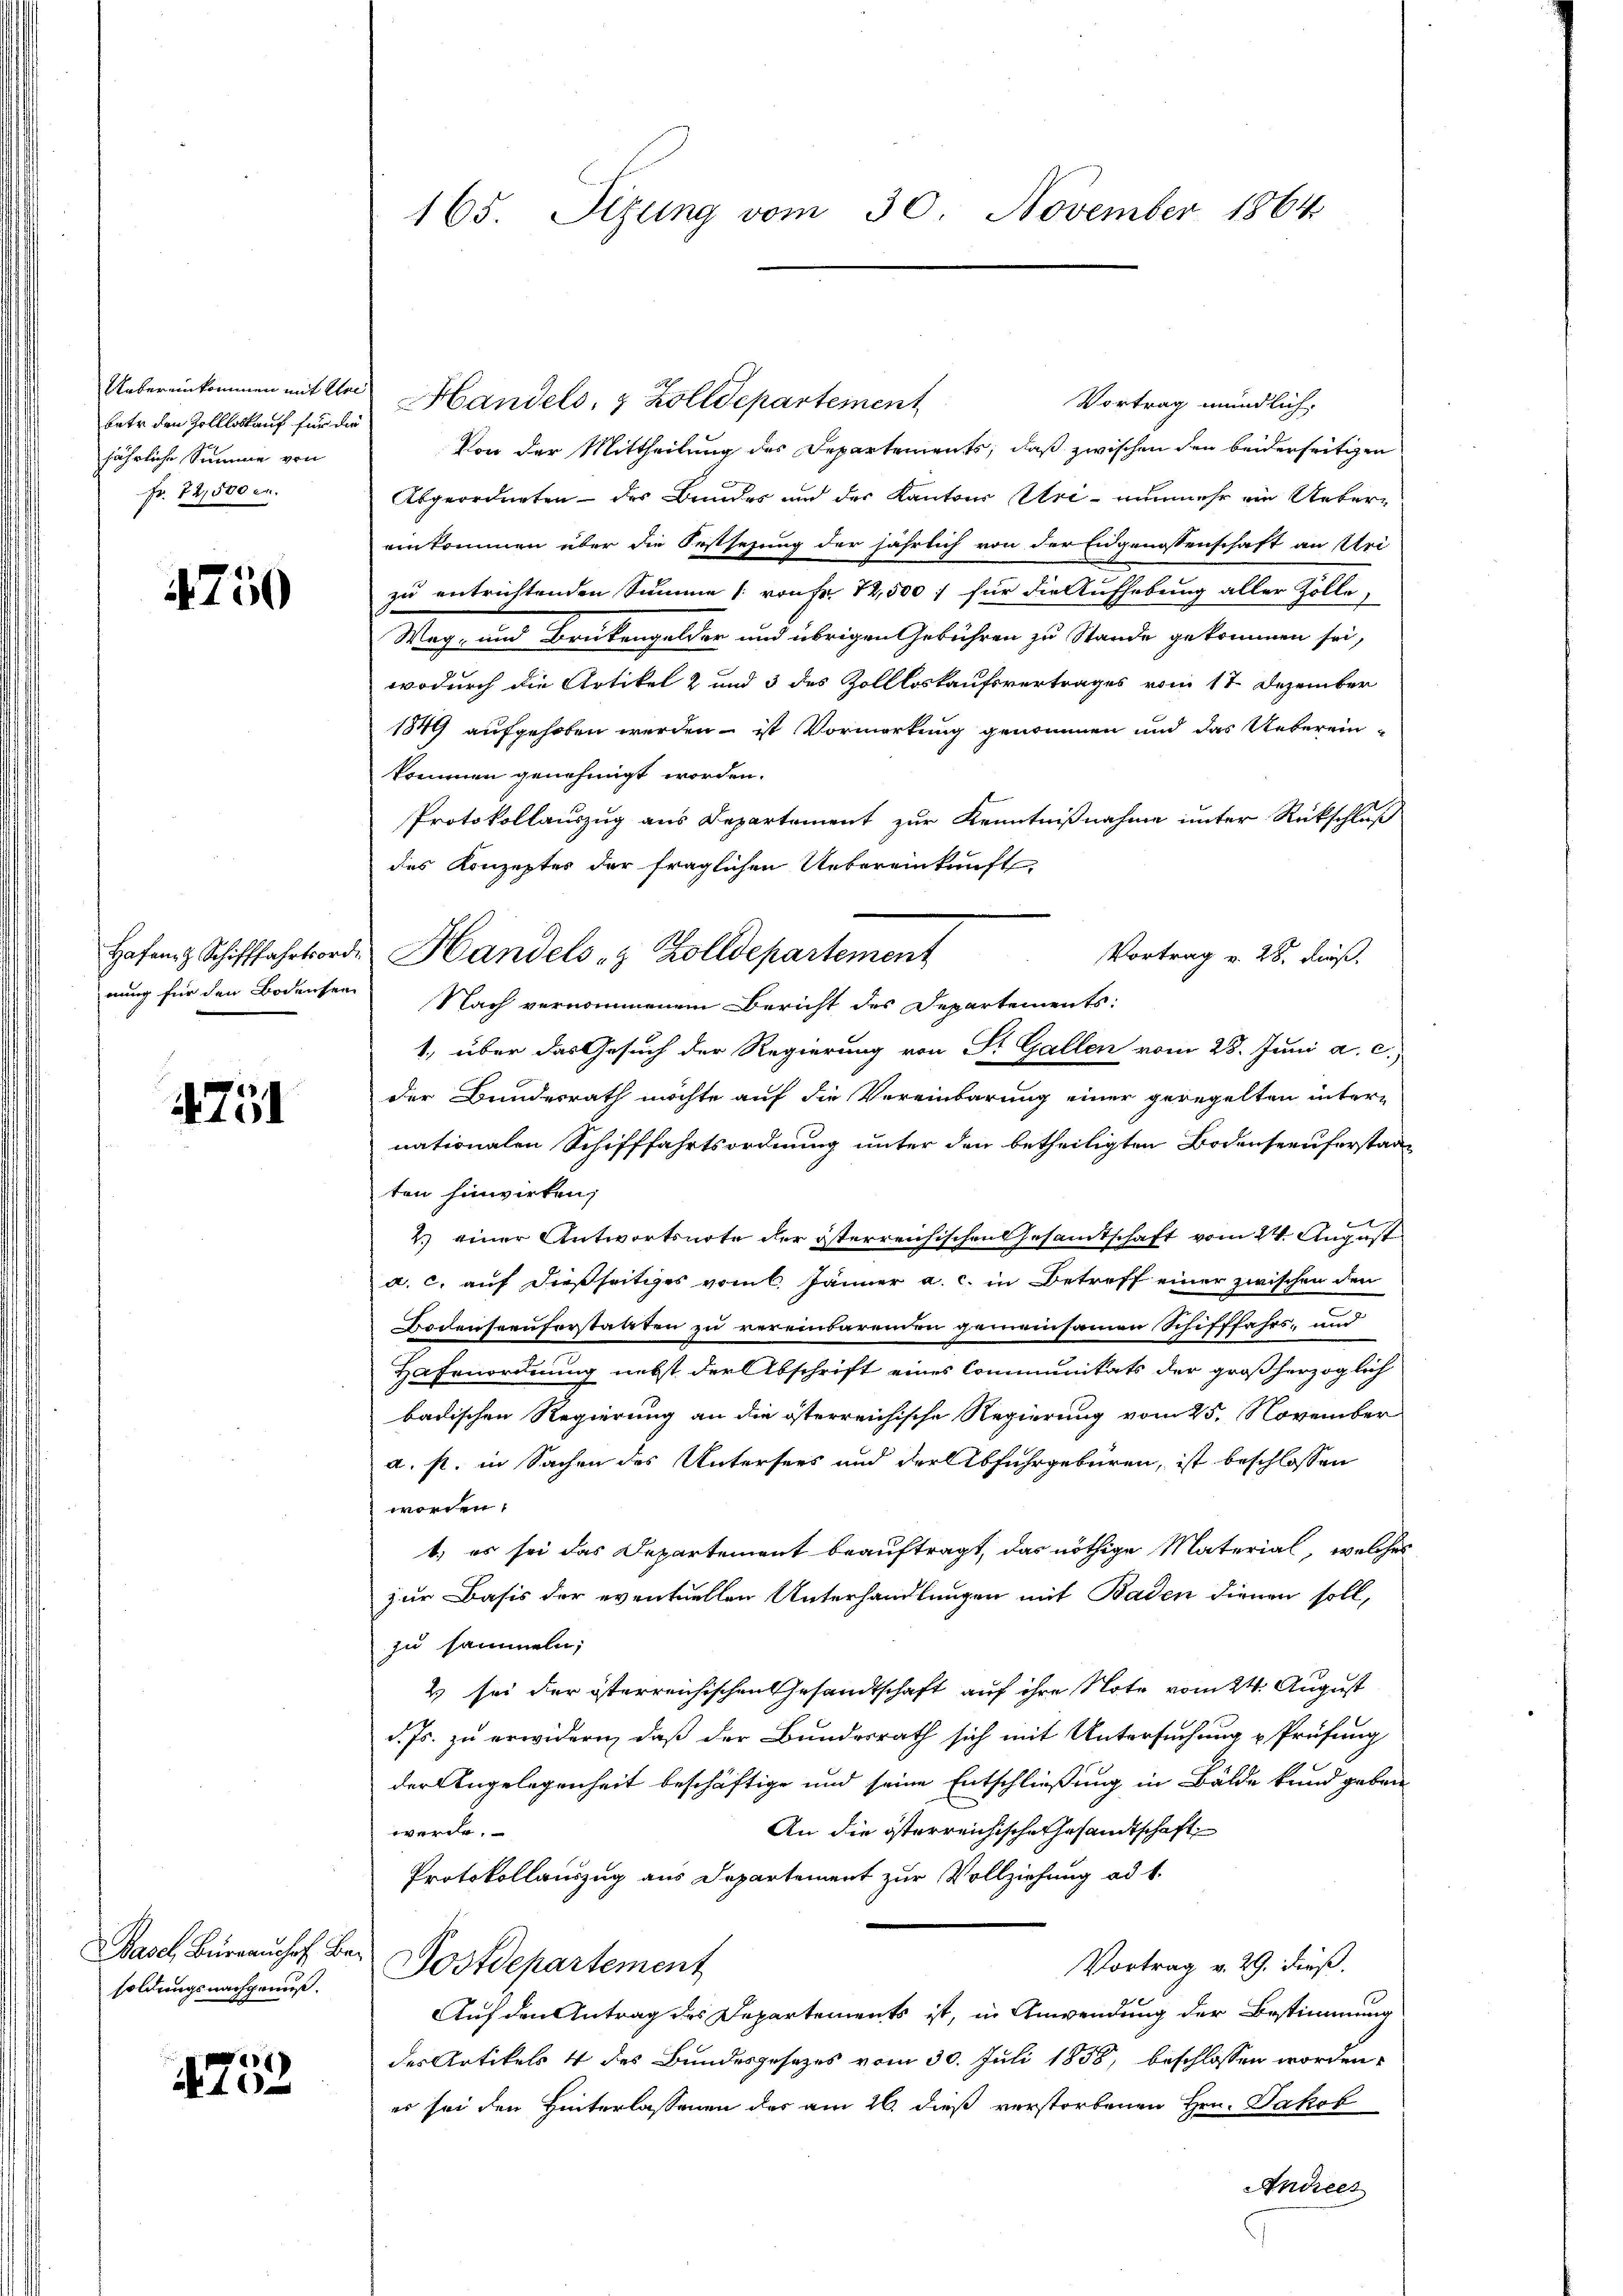
Uebereinkommen mit Uri
betr. den Zollloskauf für die
jährliche Summe von
Fr. 72,500 m.

4750

Hafen Schifffahrtsord.
nung für den Bodensei

4751

Basel Büreaushof Ber
soldungsnachgenus.

1752

165. Sizung vom 30. November 1864

Handels, & Zolldepartement
Vortrag mündlich.
Von der Mittheilung des Departements, daß zwischen den beiderseitigen
Abgeordneten - des Bundes und der Kantons Uri - nunmehr ein Uebereinkommen über die Oestsezung der jährlich von der Eidgenossenschaft an Uri
zu entrichtenden Summe (von Fr. 12,500 für die Aufhebung aller Zolle,
Weg, und Brükengelder und übrigen Gebühren zu Stande gekommen sei,
wodurch die Artikel 2 und 3 des Zollloskaufsvertrages vom 17 Dezember
1849 aufgehoben werden – ist Vormerkung genommen und das Uebereinkommen genehmigt worden.
Protokollauszug aus Departement zur Kenntnißnahme unter Rückschluß
des Konzepter der fraglichen Uebereinkunft
Vortrag v. 28. Fuß.
Handels- & Zolldepartement
Nach vernommenem Bericht des Departements:
1., über das Gesuch der Regierung von St. Gallen vom 28. Juni a. c.)
der Bundesrath möchte auf die Vereinbarung einer geregelten inter-
nationalen Schifffahrtsordnung unter den betheiligten Bodenseeuferstanten hinwirken,
2.) einer Antwortsnote der österreichischen Gesamtschaft vom 24. August
a. c. auf dießseitiges vom 6. Jänner a. c. in Betreff einer zwischen den
Bodenseeuferstatten zu vereinbarenden gemeinsamen Schifffahrs- und
Hafenordnung nebst der Abschrift eines Communikats der großherzoglich
badischen Regierung an die österreichische Regierung vom 25. November
a. s. in Sachen des Untersees und der Abfuhrgebüren, ist beschlossen
worden.
t, es sei das Departement beauftragt, das nöthige Material, welches
zur Basis der eventuellen Unterhandlungen mit Baden dienen soll,
zu sammeln,
2 sei der österreichischen Gesandtschaft auf ihre Note vom 24. August
d. Js. zu erwidern, daß der Bundesrath sich mit Untersuchung u Prüfung
der Angelegenheit beschäftige und seine Entschließung in Bälde kund geben
An die österreichische Gesandtschaft
werde.
Protokollauszug aus Departement zur Vollziehung ad 1.
Vortrag v. 29. Dieß.
Dostdepartement
Auf den Antrag des Departements ist, in Anwendung der Bestimmung
des Artikels 4 des Bundesgesezes vom 30. Juli 1858, beschlossen worden,
er sei den Hinterlassenen der am 26. dieß verstorbenen Hrn. Jakob
Andrees